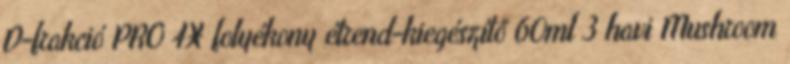
D-frakció PRO 4X folyékony étrend-kiegészítő 60ml 3 havi Mushroom